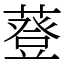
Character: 䔲